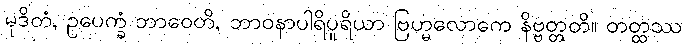
မုဒိတံ, ဥပေက္ခံ ဘာဝေတိ, ဘာဝနာပါရိပူရိယာ ဗြဟ္မလောကေ နိဗ္ဗတ္တတိ။ တတ္ထဿ